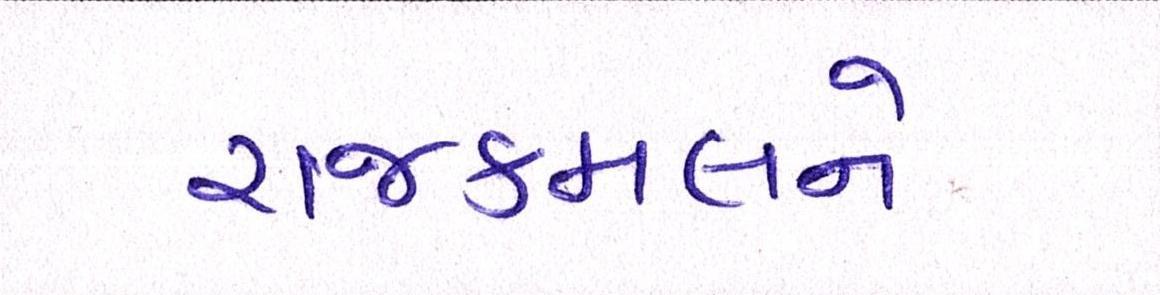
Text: રાજકમલને